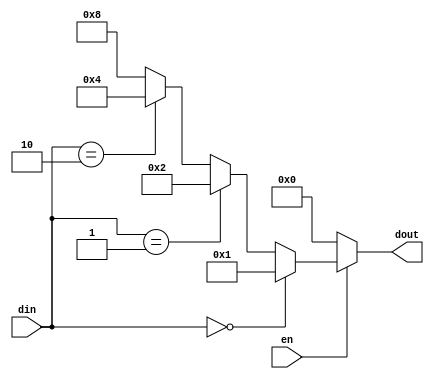
module decoder_2x4 (
    en,
    din,
    dout
);

input en;
input [1:0] din;

output reg [3:0] dout;

wire [3:0] dout_i;

assign dout_i = (din == 2'b00)? 4'b0001 : 
                (din == 2'b01)? 4'b0010 :
                (din == 2'b10)? 4'b0100 :
                4'b1000;  // (:)  (;) 
                //  4'b1000 :

always @(en or dout_i) begin
    dout = (en == 1'b1)? dout_i : 4'b0000;
end

endmodule

module decoder_4x16 (
    din,
    dout
);


input [3:0] din; 

output [15:0] dout;

wire [3:0] dec_4_dout;  


decoder_2x4 u_decoder_2x4_0 (
    .en(dec_4_dout[0]),
    .din(din[1:0]),
    .dout(dout[3:0])
);

decoder_2x4 u_decoder_2x4_1 (
    .en(dec_4_dout[1]),
    .din(din[1:0]),
    .dout(dout[7:4])
);

decoder_2x4 u_decoder_2x4_2 (
    .en(dec_4_dout[2]),
    .din(din[1:0]),
    .dout(dout[11:8])
);

decoder_2x4 u_decoder_2x4_3 (
    .en(dec_4_dout[3]),
    .din(din[1:0]),
    .dout(dout[15:12])
);

decoder_2x4 u_decoder_2x4_4 (
    .en(1'b1),
    .din(din[3:2]),
    .dout(dec_4_dout)
);

endmodule